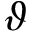
\vartheta